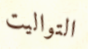
التواليت